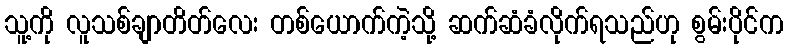
သူ့ကို လူသစ်ချာတိတ်လေး တစ်ယောက်ကဲ့သို့ ဆက်ဆံခံလိုက်ရသည်ဟု စွမ်းပိုင်က